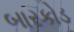
બારકોડ